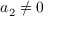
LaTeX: a _ { 2 } \neq 0